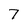
Character: 7